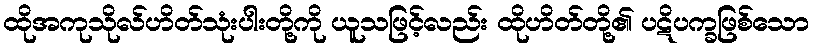
ထိုအကုသိုလ်ဟိတ်သုံးပါးတို့ကို ယူသဖြင့်လည်း ထိုဟိတ်တို့၏ ပဋိပက္ခဖြစ်သော